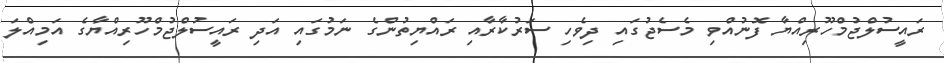
ރައީސުލްޖުމްހޫރިއްޔާ ފޮނުއްވި މެސެޖުގައި ދިވެހި ސަރުކާރާއި ރައްޔިތުންގެ ނަމުގައި އަދި ރައީސުލްޖުމްހޫރިއްޔާގެ އަމިއްލަ